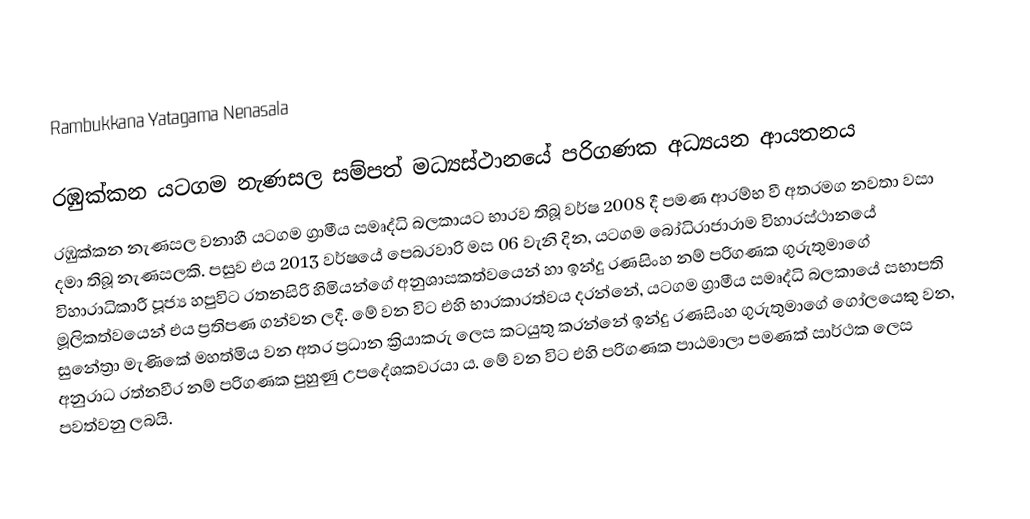
Rambukkana Yatagama Nenasala

රඹුක්කන යටගම නැණසල සම්පත් මධ්‍යස්ථානයේ පරිගණක අධ්‍යයන ආයතනය
රඹුක්කන නැණසල වනාහී යටගම ග්‍රාමීය සමෘද්ධි බලකායට භාරව තිබූ වර්ෂ 2008 දී පමණ ආරම්භ වී අතරමග නවතා වසා දමා තිබූ නැණසලකි. පසුව එය 2013 වර්ෂයේ පෙබරවාරි මස 06 වැනි දින, යටගම බෝධිරාජාරාම විහාරස්ථානයේ විහාරාධිකාරී පූජ්‍ය හපුවිට රතනසිරි හිමියන්ගේ අනුශාසකත්වයෙන් හා ඉන්දු රණසිංහ නම් පරිගණක ගුරුතුමාගේ මූලිකත්වයෙන් එය ප්‍රතිපණ ගන්වන ලදී. මේ වන විට එහි භාරකාරත්වය දරන්නේ, යටගම ග්‍රාමීය සමෘද්ධි බලකායේ සභාපති සුනේත්‍රා මැණිකේ මහත්මිය වන අතර ප්‍රධාන ක්‍රියාකරු ලෙස කටයුතු කරන්නේ ඉන්දු රණසිංහ ගුරුතුමාගේ ගෝලයෙකු වන, අනුරාධ රත්නවීර නම් පරිගණක පුහුණු උපදේශකවරයා ය. මේ වන විට එහි පරිගණක පාඨමාලා පමණක් සාර්ථක ලෙස පවත්වනු ලබයි.